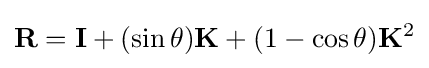
\mathbf {R} =\mathbf {I} +(\sin \theta )\mathbf {K} +(1-\cos \theta )\mathbf {K} ^{2}